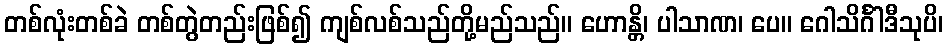
တစ်လုံးတစ်ခဲ တစ်တွဲတည်းဖြစ်၍ ကျစ်လစ်သည်တို့မည်သည်။ ဟောန္တိ၊ ပါသာဏ၊ ပေ။ ဂေါသိင်္ဂါဒီသုပိ၊